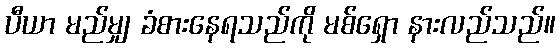
ပီယာ မည်မျှ ခံစားနေရသည်ကို မစ်ရှော နားလည်သည်။